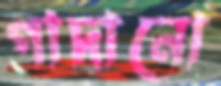
গাদানো